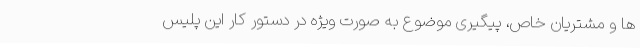
ها و مشتریان خاص، پیگیری موضوع به صورت ویژه در دستور کار این پلیس